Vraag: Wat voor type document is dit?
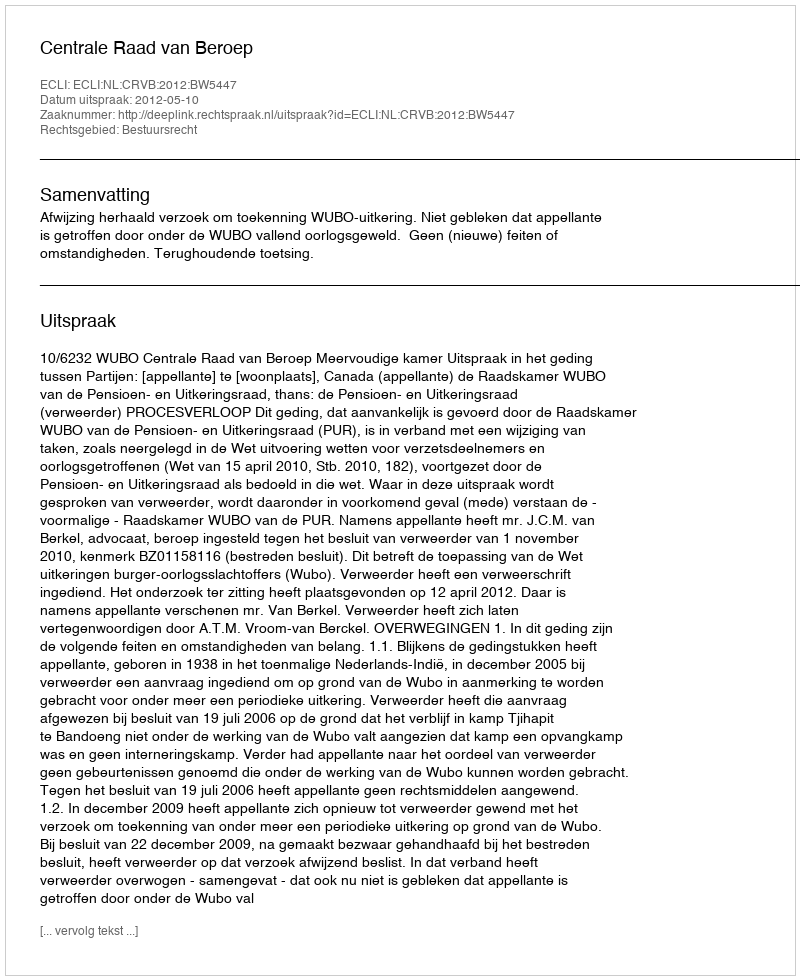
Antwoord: Uitspraak